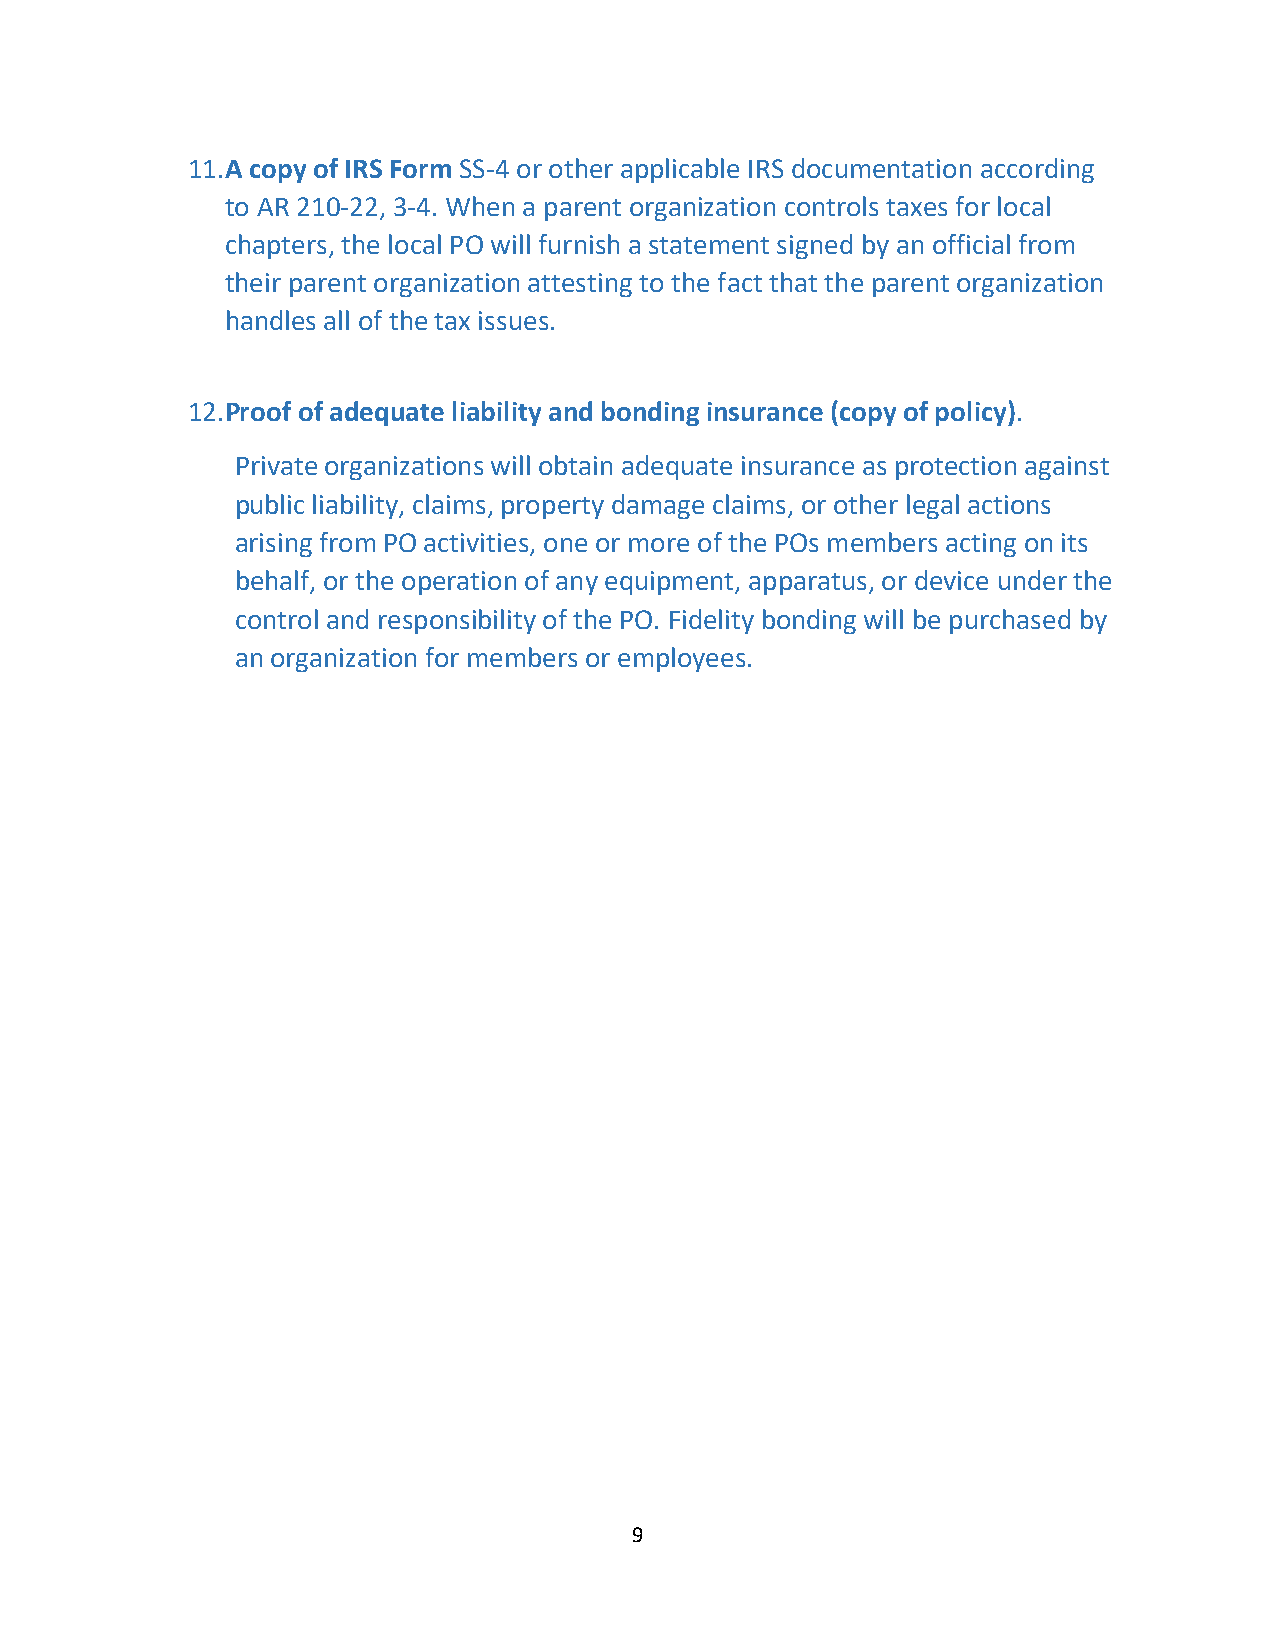
11. A copy of IRS Form SS-4 or other applicable IRS documentation according
 to AR 210-22, 3-4. When a parent organization controls taxes for local
 chapters, the local PO will furnish a statement signed by an official from
 their parent organization attesting to the fact that the parent organization
 handles all of the tax issues.
 12. Proof of adequate liability and bonding insurance (copy of policy).
 Private organizations will obtain adequate insurance as protection against
 public liability, claims, property damage claims, or other legal actions
 arising from PO activities, one or more of the POs members acting on its
 behalf, or the operation of any equipment, apparatus, or device under the
 control and responsibility of the PO. Fidelity bonding will be purchased by
 an organization for members or employees.
 9